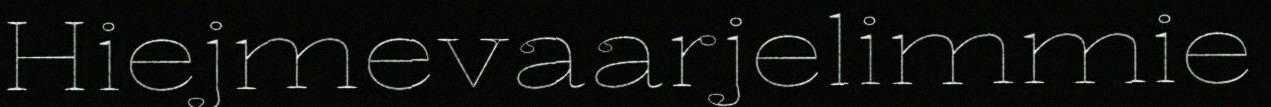
Hiejmevaarjelimmie